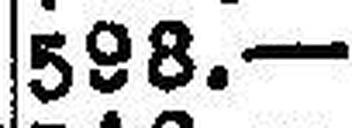
598.—